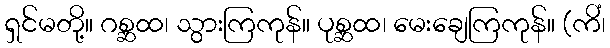
ရှင်မတို့။ ဂစ္ဆထ၊ သွားကြကုန်။ ပုစ္ဆထ၊ မေးချေကြကုန်။ (ကိံ၊